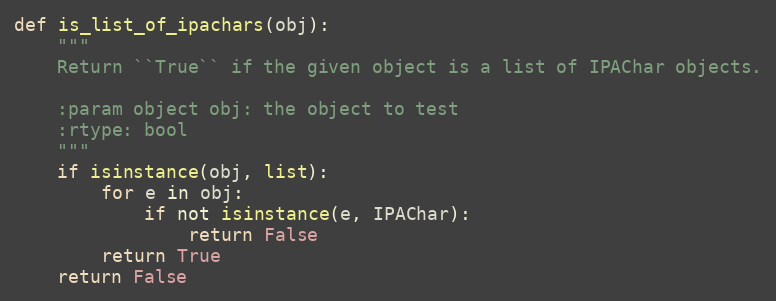
Language: Python
def is_list_of_ipachars(obj):
    """
    Return ``True`` if the given object is a list of IPAChar objects.

    :param object obj: the object to test
    :rtype: bool
    """
    if isinstance(obj, list):
        for e in obj:
            if not isinstance(e, IPAChar):
                return False
        return True
    return False